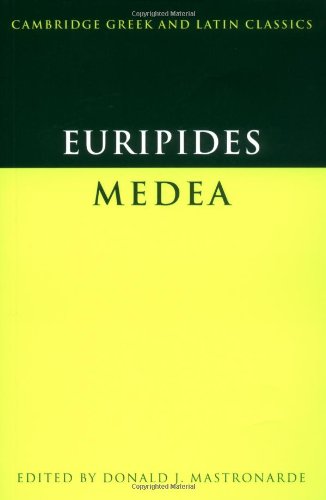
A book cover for Euripides: Medea (Cambridge Greek and Latin Classics) (Greek and English Edition); Euripides; Literature & Fiction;